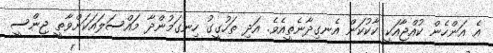
އެ އަންހެން ކުއްޖާއަކީ ކާކުކަން އެނގިދާނެތީއެވެ. އަދި ތަހުގީގު ހިނގަމުންދާ މައްސަލައަކަށްވާތީ ޖިންސީ